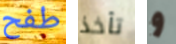
طفح تأخذ و